Annual report on the Civil Veterinary Department, Burma (including the Insein Veterinary School) - 1932-1941
Year: 1932
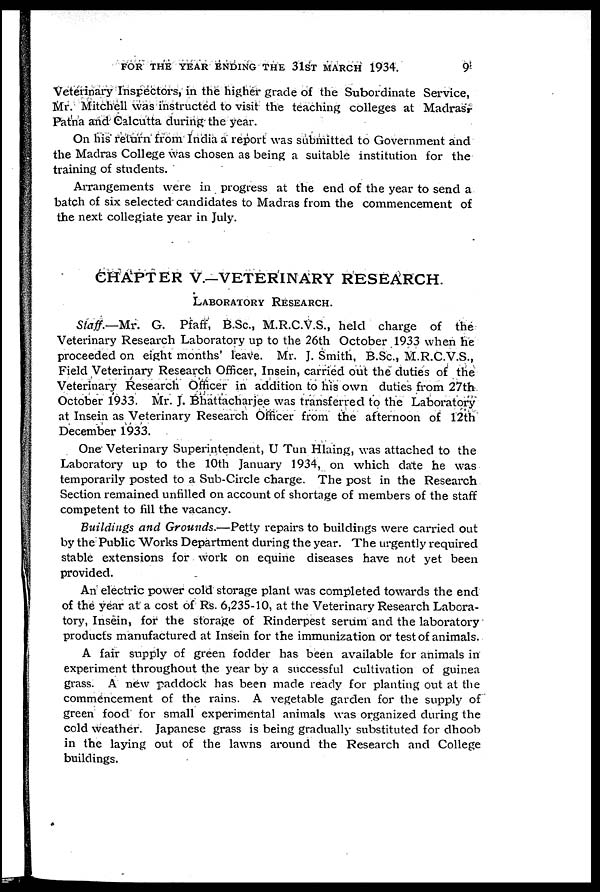
FOR THE YEAR ENDING THE 31ST MARCH 1934.
9
Veterinary Inspectors, in the higher grade of the Subordinate Service,
Mr. Mitchell was instructed to visit the teaching colleges at Madras,
Patna and Calcutta during the year.
On his return from India a report was submitted to Government and
the Madras College was chosen as being a suitable institution for the
training of students.
Arrangements were in progress at the end of the year to send a
batch of six selected candidates to Madras from the commencement of
the next collegiate year in July.
CHAPTER V.—VETERINARY RESEARCH.
LABORATORY RESEARCH.
Staff.—Mr. G. Pfaft, B.Sc., M.R.C.V.S., held charge of the
Veterinary Research Laboratory up to the 26th October 1933 when he
proceeded on eight months' leave. Mr. J. Smith, B.Sc., M.R.C.V.S.,
Field Veterinary Research Officer, Insein, carried out the duties of the
Veterinary Research Officer in addition to his own duties from 27th
October 1933. Mr. J. Bhattacharjee was transferred to the Laboratory
at Insein as Veterinary Research Officer from the afternoon of 12th
December 1933.
One Veterinary Superintendent, U Tun Hlaing, was attached to the
Laboratory up to the 10th January 1934, on which date he was
temporarily posted to a Sub-Circle charge. The post in the Research
Section remained unfilled on account of shortage of members of the staff
competent to fill the vacancy.
Buildings and Grounds.—Petty repairs to buildings were carried out
by the Public Works Department during the year. The urgently required
stable extensions for work on equine diseases have not yet been
provided.
An electric power cold storage plant was completed towards the end
of the year at a cost of Rs. 6,235-10, at the Veterinary Research Labora-
tory, Insein, for the storage of Rinderpest serum and the laboratory
products manufactured at Insein for the immunization or test of animals.
A fair supply of green fodder has been available for animals in
experiment throughout the year by a successful cultivation of guinea
grass. A new paddock has been made ready for planting out at the
commencement of the rains. A vegetable garden for the supply of
green food for small experimental animals was organized during the
cold weather. Japanese grass is being gradually substituted for dhoob
in the laying out of the lawns around the Research and College
buildings.